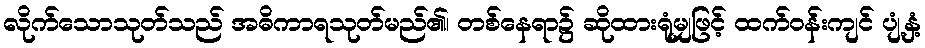
လိုက်သောသုတ်သည် အဓိကာရသုတ်မည်၏၊ တစ်နေရာ၌ ဆိုထားရုံမျှဖြင့် ထက်ဝန်းကျင် ပျံ့နှံ့